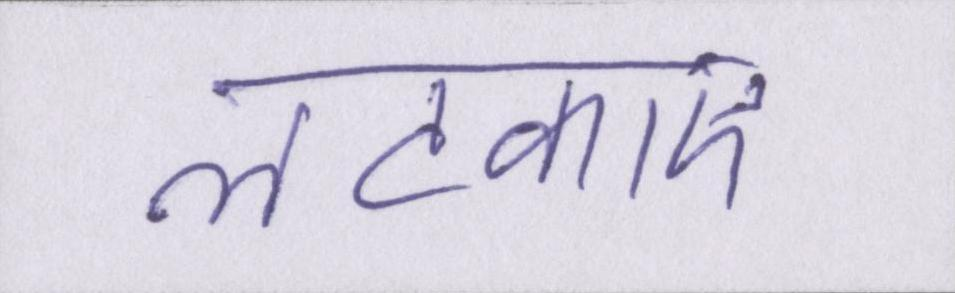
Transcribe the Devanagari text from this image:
लटकाएं।